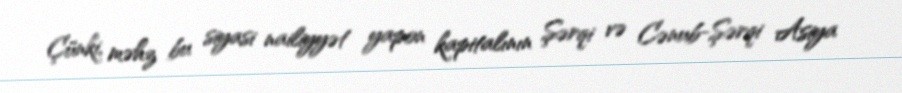
Çünki, məhz bu siyasi nailiyyət yapon kapitalının Şərqi və Cənub-Şərqi Asiya